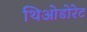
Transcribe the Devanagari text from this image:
थिओडोरेट